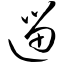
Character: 遛